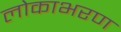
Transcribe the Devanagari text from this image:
लोकाभरण